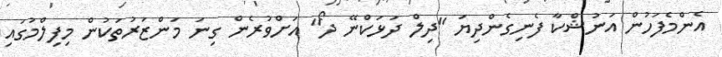
އެންމެފަހުން އަނުޝްކާ ފެނިގެންދިޔަ "ދިލް ދަޅަކްނޭ ދޯ" އަށްވުރެން ގިނަ މަންޒަރުތަކުން މިފިލްމުގައި